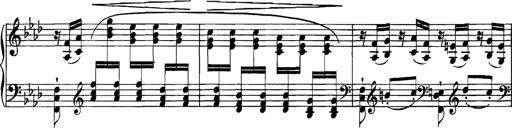
Title: Grandes Etudes
Composer: Franz Liszt